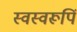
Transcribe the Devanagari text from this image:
स्वस्वरूपिं